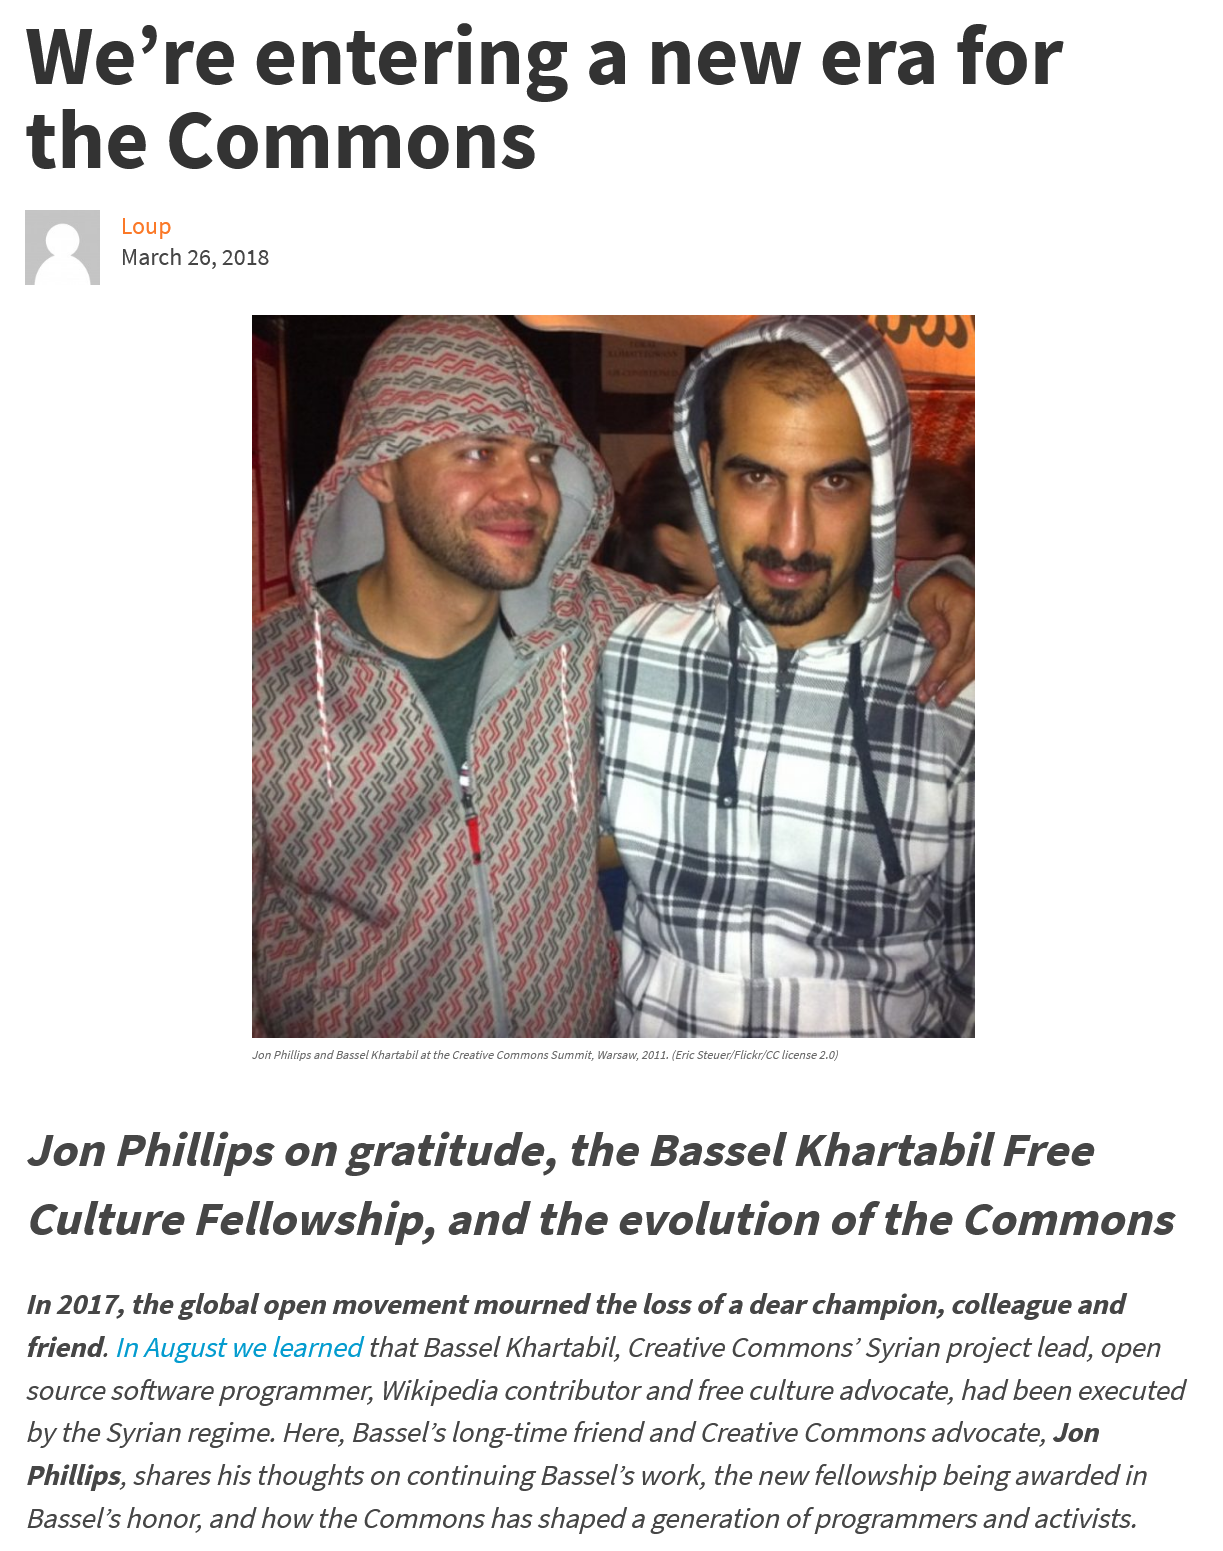
We’re    entering    a    new    era    for
     the    Commons
     Loup
     March    26,   2018

     Jon Phillips and Bassel Khartabil at the Creative Commons Summit, Warsaw, 2011. (Eric Steuer/Flickr/CC license 2.0)
     Jon    Phillips    on    gratitude,    the    Bassel    Khartabil    Free
     Culture    Fellowship,    and    the    evolution    of    the    Commons
     In   2017,    the    global    open    movement    mourned    the    loss    of   a  dear    champion,    colleague    and
     friend.    /n   August    we    learned    that    Bassel    Khartabil,    Creative    Commons’    Syrian    project    lead,    open
     source    software    programmer,    Wikipedia    contributor    and    free    culture    advocate,    had    been    executed
     by    the    Syrian    regime.    Here,    Bassel’s    long-time    friend    and    Creative    Commons    advocate,    Jon
     Phillips,    shares    his    thoughts    on    continuing    Bassel’s    work,    the    new    fellowship    being    awarded    in
     Bassel’s    honor,    and    how    the    Commons    has    shaped    a    generation    of   programmers    and    activists.